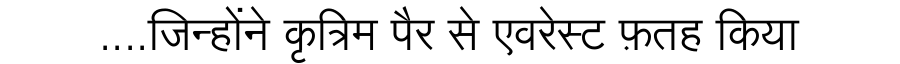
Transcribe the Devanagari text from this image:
....जिन्होंने कृत्रिम पैर से एवरेस्ट फ़तह किया